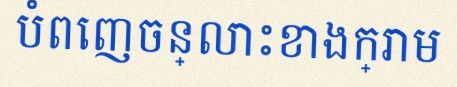
បំពេញចន្លោះខាងក្រោម